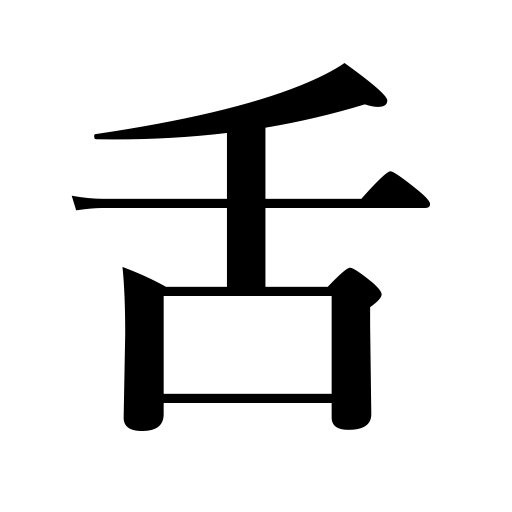
Meanings: tongue,clapper,reed